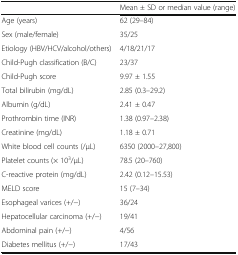
|  | Mean ± SD or median value (range) |
 | --- | --- |
 | Age (years) | 62 (29–84) |
 | Sex (male/female) | 35/25 |
 | Etiology (HBV/HCV/alcohol/others) | 4/18/21/17 |
 | Child-Pugh classification (B/C) | 23/37 |
 | Child-Pugh score | 9.97 ± 1.55 |
 | Total bilirubin (mg/dL) | 2.85 (0.3–29.2) |
 | Albumin (g/dL) | 2.41 ± 0.47 |
 | Prothrombin time (INR) | 1.38 (0.97–2.38) |
 | Creatinine (mg/dL) | 1.18 ± 0.71 |
 | White blood cell counts (/μL) | 6350 (2000–27,800) |
 | Platelet counts (× 103/μL) | 78.5 (20–760) |
 | C-reactive protein (mg/dL) | 2.42 (0.12–15.53) |
 | MELD score | 15 (7–34) |
 | Esophageal varices (+/−) | 36/24 |
 | Hepatocellular carcinoma (+/−) | 19/41 |
 | Abdominal pain (+/−) | 4/56 |
 | Diabetes mellitus (+/−) | 17/43 |